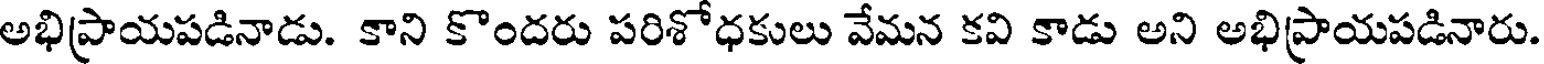
అభిప్రాయపడినాడు. కాని కొందరు పరిశోధకులు వేమన కవి కాడు అని అభిప్రాయపడినారు.